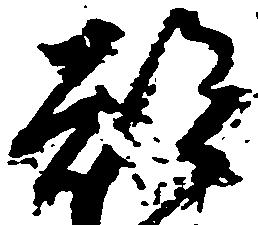
都